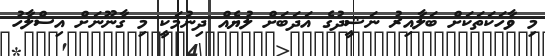
މި ވާހަކަތަކަށް ބަލާއިރު ނަޝީދުގެ އަދަބަށް ލުޔެއް ދިނުމަކީ މި ގާނޫނަށް އިސްލާހު